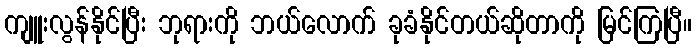
ကျူးလွန်နိုင်ပြီး ဘုရားကို ဘယ်လောက် ခုခံနိုင်တယ်ဆိုတာကို မြင်ကြပြီ။